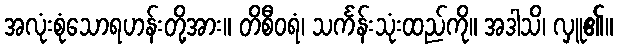
အလုံးစုံသောရဟန်းတို့အား။ တိစီဝရံ၊ သင်္ကန်းသုံးထည်ကို။ အဒါသိ၊ လှူ၏။